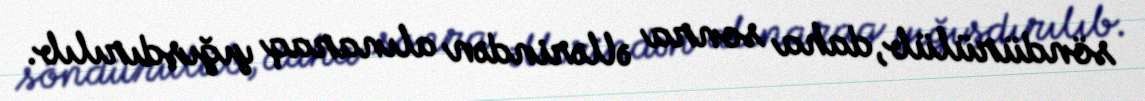
söndürülüb, daha sonra əllərindən alınaraq yığışdırılıb.